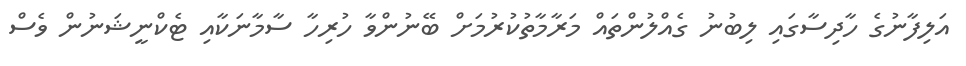
އަލިފާނުގެ ހާދިސާގައި ލިބުނު ގެއްލުންތައް މަރާމާތުކުރުމަށް ބޭނުންވާ ހުރިހާ ސާމާނަކާއި ޓެކްނީޝަނުން ވެސް